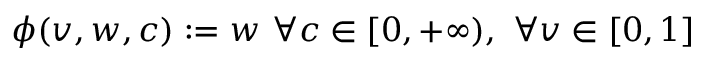
\phi ( v , w , c ) : = w \, \, \forall c \in [ 0 , + \infty ) , \, \, \forall v \in [ 0 , 1 ]